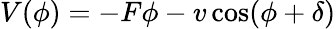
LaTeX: V(\phi)=-F\phi-v\cos(\phi+\delta)